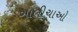
ગાલીચાઓ